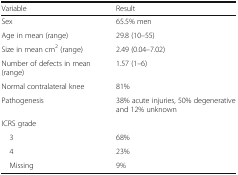
| Variable | Result |
 | --- | --- |
 | Sex | 65.5% men |
 | Age in mean (range) | 29.8 (10–55) |
 | Size in mean cm2 (range) | 2.49 (0.04–7.02) |
 | Number of defects in mean (range) | 1.57 (1–6) |
 | Normal contralateral knee | 81% |
 | Pathogenesis | 38% acute injuries, 50% degenerative and 12% unknown |
 | <COLSPAN=2> ICRS grade |
 | 3 | 68% |
 | 4 | 23% |
 | Missing | 9% |